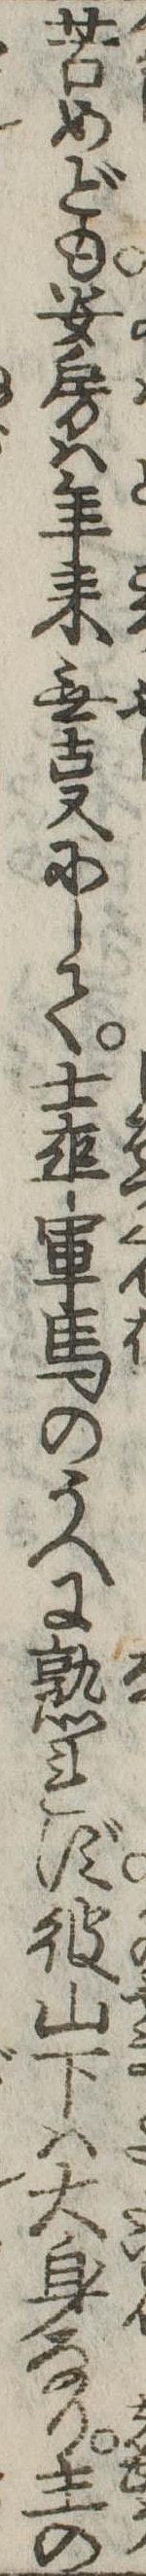
苦めども安房は年来無事にして士卒軍馬のうへに熟れず彼山下は大身なり主の